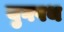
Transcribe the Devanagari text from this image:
युगपथ